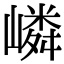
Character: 嶙